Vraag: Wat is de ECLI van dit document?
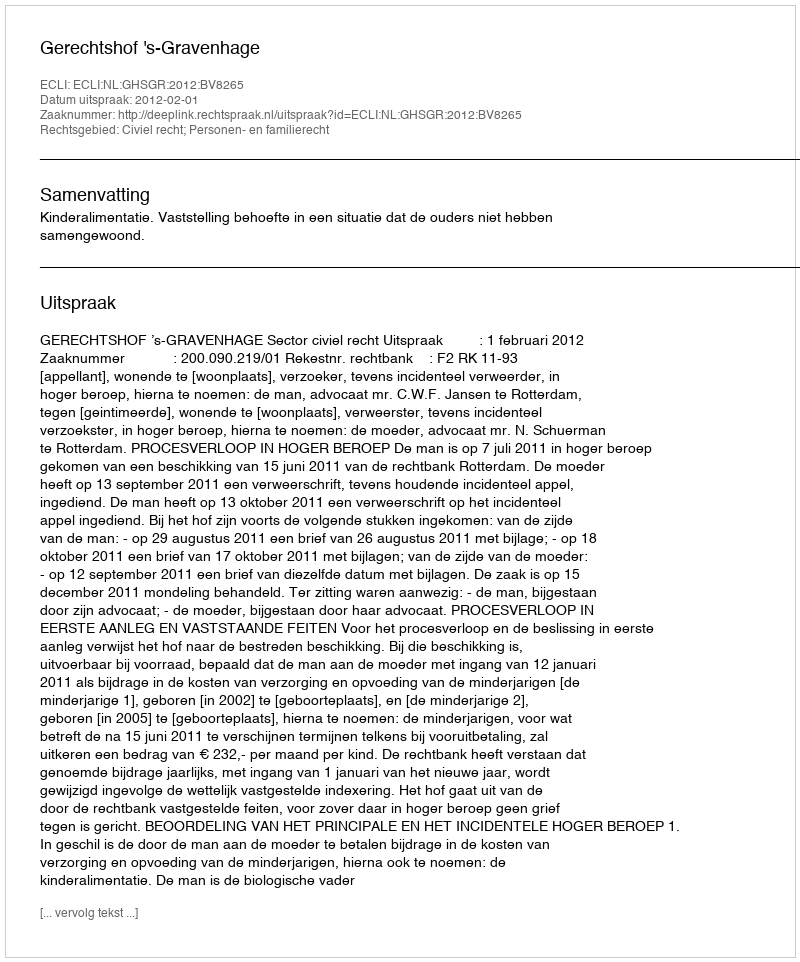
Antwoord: ECLI:NL:GHSGR:2012:BV8265